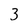
Character: 3